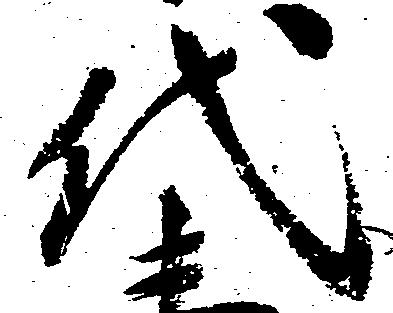
代